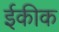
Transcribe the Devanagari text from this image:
ईकीक